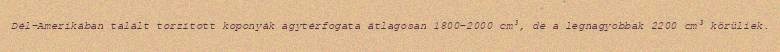
Dél-Amerikában talált torzított koponyák agytérfogata átlagosan 1800–2000 cm³, de a legnagyobbak 2200 cm³ körüliek.